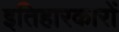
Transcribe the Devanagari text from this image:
इतिहारकारों